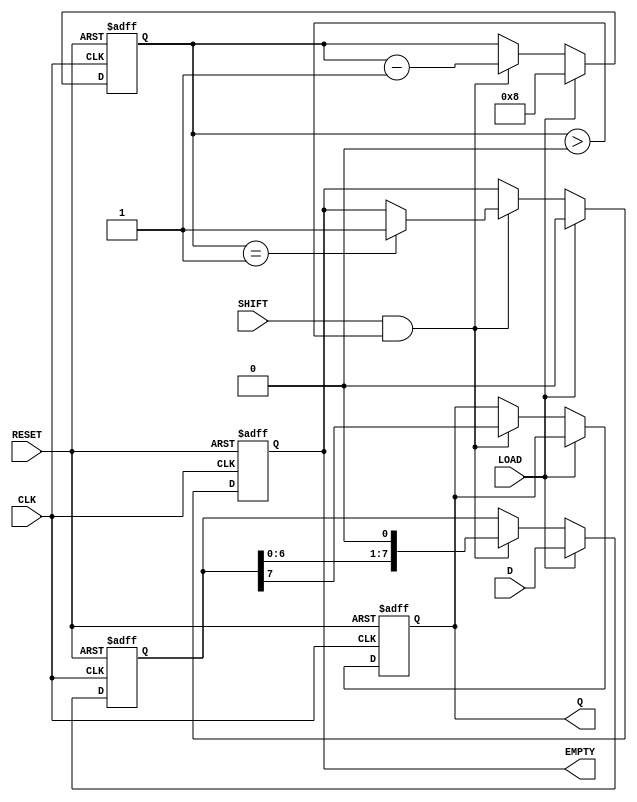
module PISO_Register #(
    parameter N = 8  // Parameter for the width of the register
)(
    input wire [N-1:0] D,      // Parallel Data Input
    input wire LOAD,            // Load Signal
    input wire CLK,             // Clock Signal
    input wire SHIFT,           // Shift Signal
    input wire RESET,           // Reset Signal
    output reg Q,               // Serial Output
    output reg EMPTY            // Empty Signal
);

    reg [N-1:0] SR;             // Shift Register
    reg [3:0] count;            // Counter for the number of bits shifted out

    always @(posedge CLK or posedge RESET) begin
        if (RESET) begin
            SR <= 0;            // Clear the shift register
            Q <= 0;             // Clear the serial output
            count <= 0;         // Reset the counter
            EMPTY <= 1;         // Register is empty
        end else begin
            if (LOAD) begin
                SR <= D;        // Load parallel data into the shift register
                count <= N;     // Set count to the width of the register
                EMPTY <= 0;     // Register is not empty
            end else if (SHIFT && count > 0) begin
                Q <= SR[N-1];   // Output the MSB of the shift register
                SR <= {SR[N-2:0], 1'b0}; // Shift right (MSB out, LSB filled with 0)
                count <= count - 1; // Decrement the count
                if (count == 1) begin
                    EMPTY <= 1; // Register is empty after last bit is shifted out
                end
            end
        end
    end

endmodule